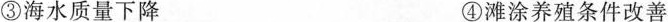
③海水质量下降 ④滩涂养殖条件改善